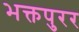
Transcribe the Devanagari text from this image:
भक्तपुरर